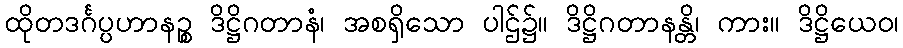
ထိုတဒင်္ဂပ္ပဟာနဉ္စ ဒိဋ္ဌိဂတာနံ၊ အစရှိသော ပါဌ်၌။ ဒိဋ္ဌိဂတာနန္တိ၊ ကား။ ဒိဋ္ဌိယေဝ၊